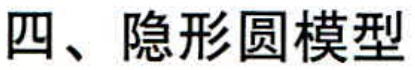
四、隐形圆模型